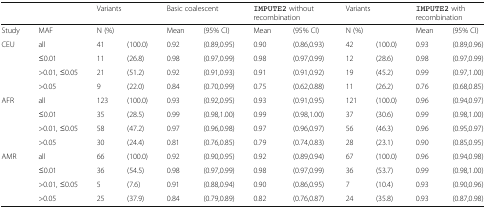
<table><thead><tr><td></td><td></td><td colspan="2"><b>Variants</b></td><td colspan="2"><b>Basic coalescent</b></td><td colspan="2"><b>IMPUTE2 withoutrecombination</b></td><td colspan="2"><b>Variants</b></td><td colspan="2"><b>IMPUTE2 withrecombination</b></td></tr></thead><tbody><tr><td>Study</td><td>MAF</td><td colspan="2">N (%)</td><td>Mean</td><td>(95% CI)</td><td>Mean</td><td>(95% CI)</td><td colspan="2">N (%)</td><td>Mean</td><td>(95% CI)</td></tr><tr><td>CEU</td><td>all</td><td>41</td><td>(100.0)</td><td>0.92</td><td>(0.89,0.95)</td><td>0.90</td><td>(0.86,0.93)</td><td>42</td><td>(100.0)</td><td>0.93</td><td>(0.89,0.96)</td></tr><tr><td></td><td>≤0.01</td><td>11</td><td>(26.8)</td><td>0.98</td><td>(0.97,0.99)</td><td>0.98</td><td>(0.97,0.99)</td><td>12</td><td>(28.6)</td><td>0.98</td><td>(0.97,0.99)</td></tr><tr><td></td><td>&gt;0.01, ≤0.05</td><td>21</td><td>(51.2)</td><td>0.92</td><td>(0.91,0.93)</td><td>0.91</td><td>(0.91,0.92)</td><td>19</td><td>(45.2)</td><td>0.99</td><td>(0.97,1.00)</td></tr><tr><td></td><td>&gt;0.05</td><td>9</td><td>(22.0)</td><td>0.84</td><td>(0.70,0.99)</td><td>0.75</td><td>(0.62,0.88)</td><td>11</td><td>(26.2)</td><td>0.76</td><td>(0.68,0.85)</td></tr><tr><td>AFR</td><td>all</td><td>123</td><td>(100.0)</td><td>0.93</td><td>(0.92,0.95)</td><td>0.93</td><td>(0.91,0.95)</td><td>121</td><td>(100.0)</td><td>0.96</td><td>(0.94,0.97)</td></tr><tr><td></td><td>≤0.01</td><td>35</td><td>(28.5)</td><td>0.99</td><td>(0.98,1.00)</td><td>0.99</td><td>(0.98,1.00)</td><td>37</td><td>(30.6)</td><td>0.99</td><td>(0.98,1.00)</td></tr><tr><td></td><td>&gt;0.01, ≤0.05</td><td>58</td><td>(47.2)</td><td>0.97</td><td>(0.96,0.98)</td><td>0.97</td><td>(0.96,0.97)</td><td>56</td><td>(46.3)</td><td>0.96</td><td>(0.95,0.97)</td></tr><tr><td></td><td>&gt;0.05</td><td>30</td><td>(24.4)</td><td>0.81</td><td>(0.76,0.85)</td><td>0.79</td><td>(0.74,0.83)</td><td>28</td><td>(23.1)</td><td>0.90</td><td>(0.85,0.95)</td></tr><tr><td>AMR</td><td>all</td><td>66</td><td>(100.0)</td><td>0.92</td><td>(0.90,0.95)</td><td>0.92</td><td>(0.89,0.94)</td><td>67</td><td>(100.0)</td><td>0.96</td><td>(0.94,0.98)</td></tr><tr><td></td><td>≤0.01</td><td>36</td><td>(54.5)</td><td>0.98</td><td>(0.97,0.99)</td><td>0.98</td><td>(0.97,0.99)</td><td>36</td><td>(53.7)</td><td>0.99</td><td>(0.98,1.00)</td></tr><tr><td></td><td>&gt;0.01, ≤0.05</td><td>5</td><td>(7.6)</td><td>0.91</td><td>(0.88,0.94)</td><td>0.90</td><td>(0.86,0.95)</td><td>7</td><td>(10.4)</td><td>0.93</td><td>(0.90,0.96)</td></tr><tr><td></td><td>&gt;0.05</td><td>25</td><td>(37.9)</td><td>0.84</td><td>(0.79,0.89)</td><td>0.82</td><td>(0.76,0.87)</td><td>24</td><td>(35.8)</td><td>0.93</td><td>(0.87,0.98)</td></tr></tbody></table>